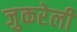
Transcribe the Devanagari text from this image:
जुकरेली